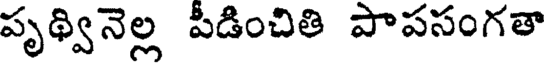
పృథ్వినెల్ల పీడించితి పాపసంగతా